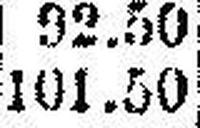
101.50